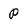
Character: P